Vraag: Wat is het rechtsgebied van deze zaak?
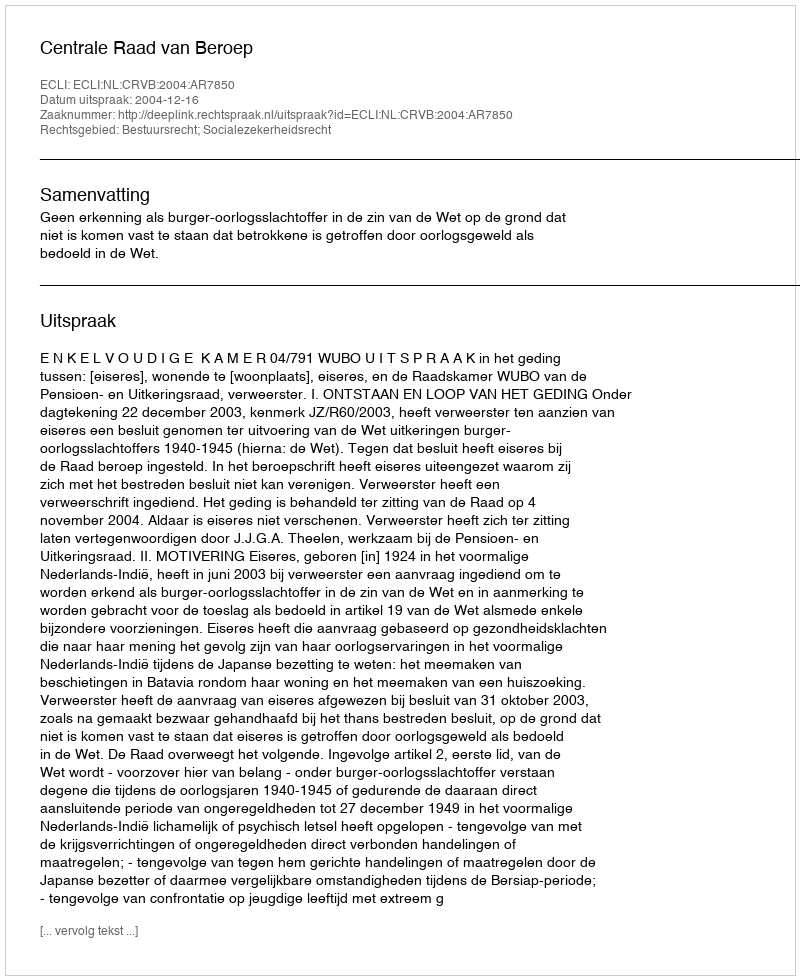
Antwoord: Bestuursrecht; Socialezekerheidsrecht